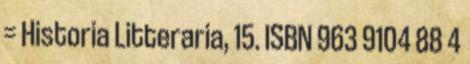
= Historia Litteraria, 15. ISBN 963 9104 88 4